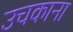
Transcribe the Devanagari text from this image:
उचकाना